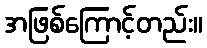
အဖြစ်ကြောင့်တည်း။